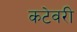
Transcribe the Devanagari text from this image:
कटेवरी